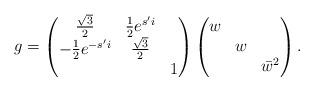
LaTeX: \begin{align*}g = \begin{pmatrix}\frac{\sqrt{3}}{2} & \frac{1}{2} e^{s'i} &\\-\frac{1}{2} e^{-s'i} & \frac{\sqrt{3}}{2}&\\&& 1\end{pmatrix}\begin{pmatrix}w &&\\&w&\\&&\bar{w}^2\end{pmatrix}.\end{align*}